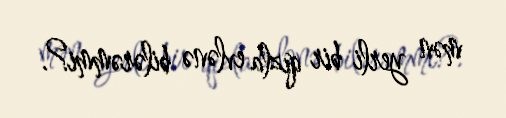
mən yerli bir qızla evlənə bilərəmmi?.